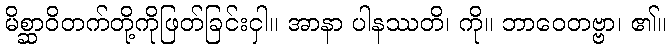
မိစ္ဆာဝိတက်တို့ကိုဖြတ်ခြင်းငှါ။ အာနာ ပါနဿတိ၊ ကို။ ဘာဝေတဗ္ဗာ၊ ၏။